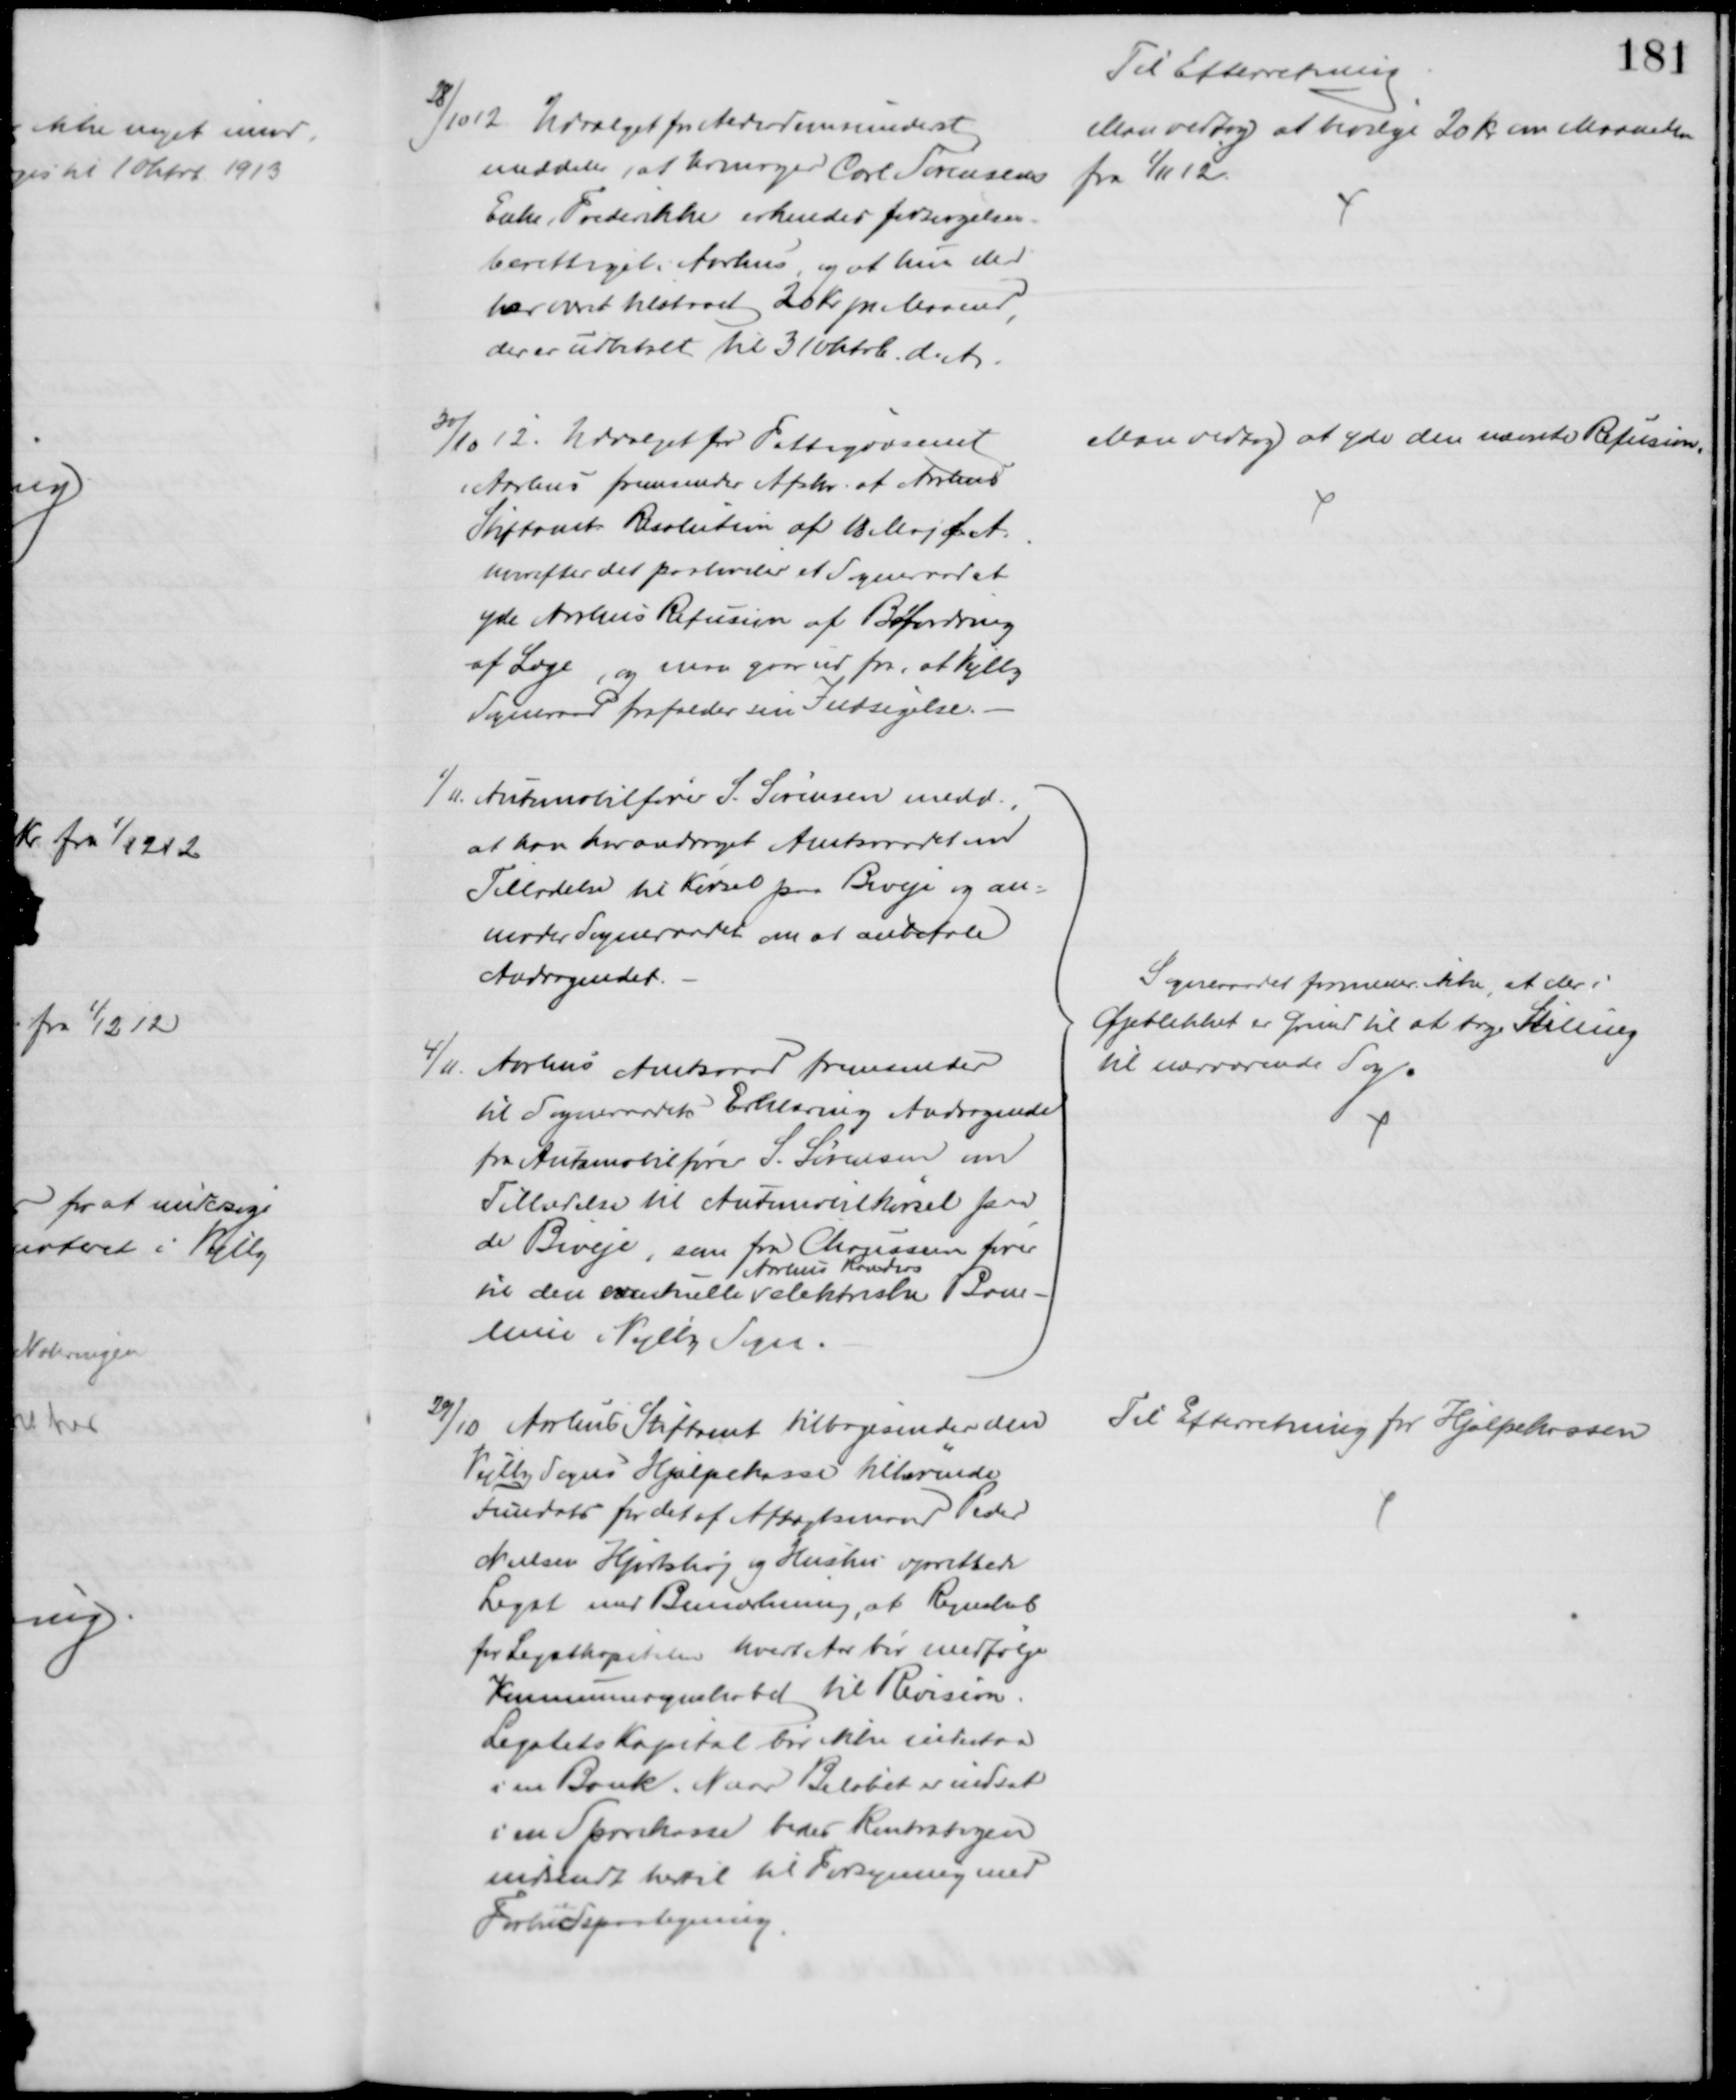
Transskription:
28/10 12. Udvalget for Alderdomsunderst
meddeler, at Urmager Carl Sørensens
Enke, Frederikke erkendes forsørgelse-
berettiget i Aarhus og at hun der
har været tilstaaet 20 Kr pr Maaned
der er udbetalt til 31 Oktob. d. A.
Til Efterretning
Man vedtog at bevilge 20 Kr om Maaneden
fra 1/11 12.
30/10 12. Udvalget for Fattigvæsenet
i Aarhus fremsender Afskr. af Aarhus
Stiftamts Resolution af 18 Maj f. A.
hvorefter det paahviler et Sogneraad at
yde Aarhus Refusion af Befordring
af Læge, og man gaar ud fra, at Vejlby
Sogneraad frafalder sin Indsigelse.
Man vedtog at yde den nævnte Refusion.
1/11. Automobilfører S. Sørensen medd.,
at han har andraget Amtsraadet om
Tilladelse til Kørsel paa Biveje og an=
moder Sogneraadet om at anbefale
Andragendet.
4/11 Aarhus Amtsraad fremsender
til Sogneraadets Erklæring Andragende
fra Automobilfører S. Sørensen om
Tilladelse til Automobilkørsel paa
de Biveje, som fra Chausseen fører
til den eventuelle 
Aarhus Randers
elektriske Bane-
linie i Vejlby Sogn.
Sogneraadet formener ikke, at der i
Øjeblikket er Grund til at tage Stilling
til nærværende Sag.
29/10 Aarhus Stiftamt tilbagesender den
Vejlby Sogns Hjælpekasse tilhørende
Fundats for det af Aftægtsmand Peder
Nielsen Hjortshøj og Hustru oprettede
Legat med Bemærkning, at Regnskab
for Legatkapitalen hvert aar bør medfølge
Kommuneregnskabet til Revision.
Legatets Kapital bør ikke indestaa
i en Bank. Naar Beløbet er indsat
i en Sparekasse bedes Kontrabogen
indsendt hertil til Forsyning med
Forbudspaategning.
Til Efterretning for Hjælpekassen